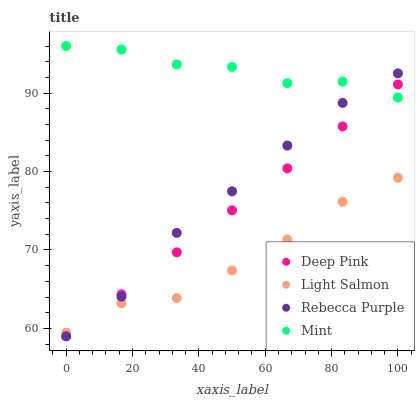
| xaxis_label | Deep Pink | Light Salmon | Rebecca Purple | Mint |
 | --- | --- | --- | --- | --- |
 | 0 | 59 | 59.4 | 59 | 96 |
 | 16.7 | 64.4 | 63.2 | 64 | 95.6 |
 | 33.3 | 69.7 | 63.9 | 72.2 | 93.7 |
 | 50 | 75.1 | 67.4 | 77.5 | 93.3 |
 | 66.7 | 80.4 | 71.3 | 83.3 | 91.3 |
 | 83.3 | 85.8 | 76.2 | 88.8 | 91.5 |
 | 100 | 91.1 | 79.2 | 92.5 | 89.4 |